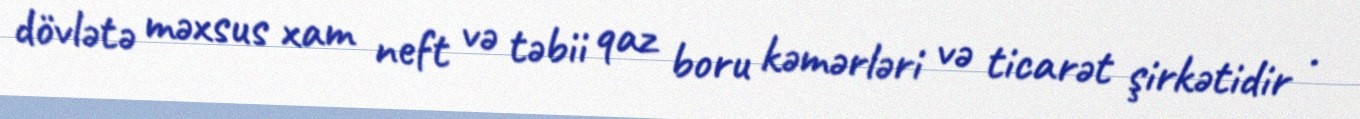
dövlətə məxsus xam neft və təbii qaz boru kəmərləri və ticarət şirkətidir .